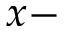
x -